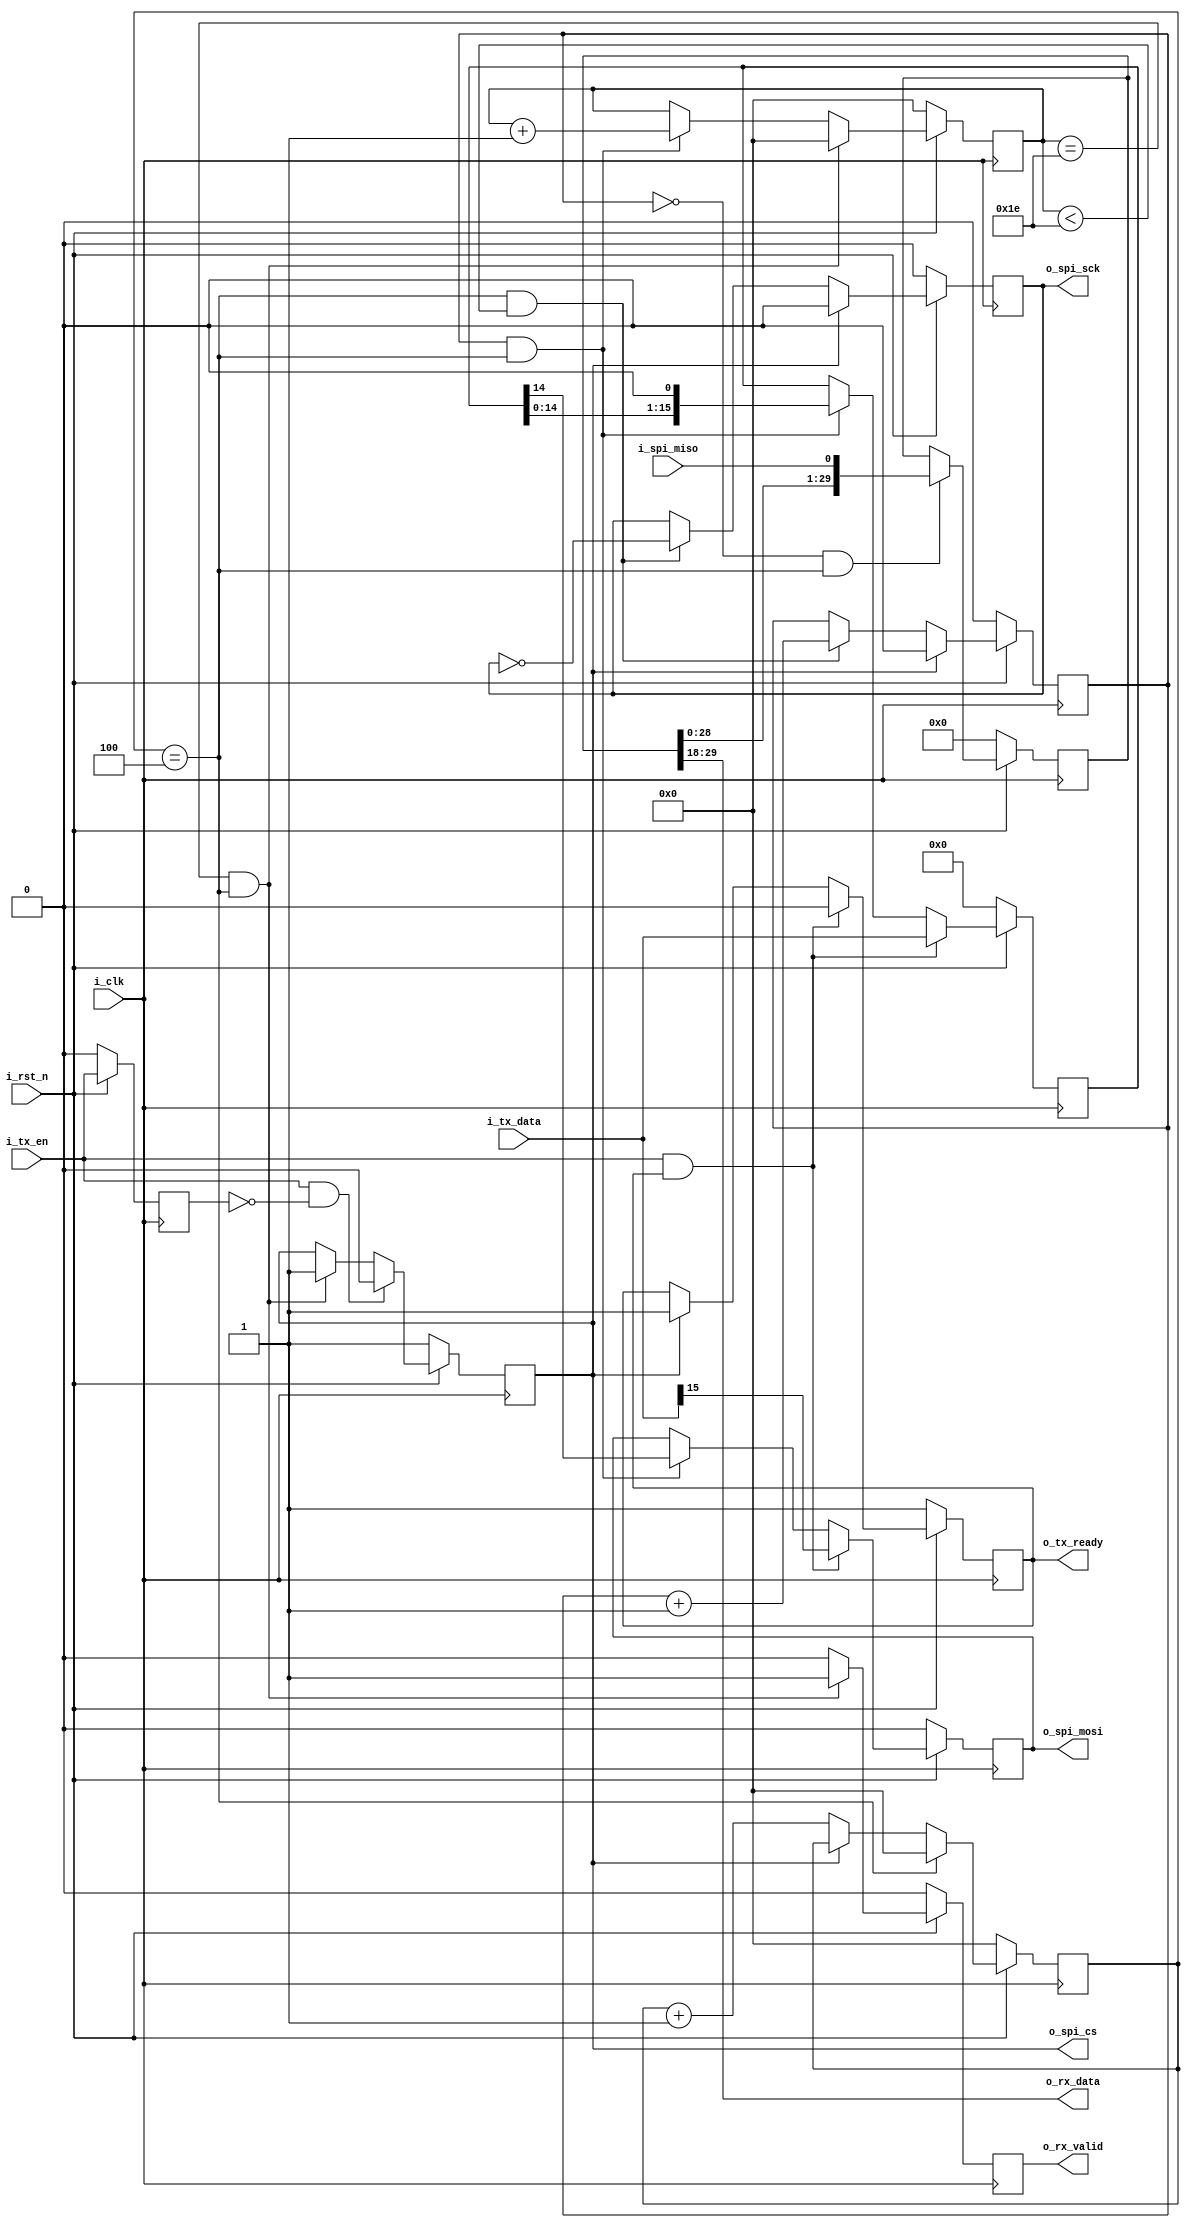
`timescale 1ns / 1ps
//////////////////////////////////////////////////////////////////////////////////
// Company: 
// Engineer: 
// 
// Design Name: 
// Module Name:    SPI_Driver 
// Project Name: 
// Target Devices: 
// Tool versions: 
// Description: 
//
// Dependencies: 
//
// Revision: 
// Revision 0.01 - File Created
// Additional Comments: 
//
//////////////////////////////////////////////////////////////////////////////////

//             ___     ___     ___     ___     ___     ___     ___     ___     ___     ___
//       |____|   |___|   |___|   |___|   |___|   |___|   |___|   |___|   |___|   |___|   |___
//--      ____                                                                             _____
//-- CS       |___________________________________________________________________________|     
//--               ___     ___     ___     ___     ___     ___     ___     ___     ___         _
//-- SCLK ________|   |___|   |___|   |___|   |___|   |___|   |___|   |___|   |___|   |_______| 
//--      ____________ _______ _______ _______ _______ _______ _______ _______ _______ _________
//-- MOSI ____________X_______X_______X_______X_______X_______X_______X_______X_______X_________
//--      ____ _______ _______ _______ _______ _______ _______ _______ _______ _______ _________
//-- MISO ____X_______X_______X_______X_______X_______X_______X_______X_______X_______X_________

module SPI_Driver #(
    parameter						P_CLK_FREQ  = 100   ,       //MHZ
									P_SCK_FREQ  = 10            
)
(
    input                               i_clk               ,
    input                               i_rst_n             ,

    input   [15:0]                      i_tx_data           ,
    input                               i_tx_en             ,
    output                              o_tx_ready          ,

    output  [11:0]                      o_rx_data           ,
    output                              o_rx_valid          ,

    output                              o_spi_cs            ,
    output                              o_spi_sck           ,
    output                              o_spi_mosi          ,
    input                               i_spi_miso          
    );
//===========================================================
localparam              P_SCK_DIV = P_CLK_FREQ / P_SCK_FREQ ;

reg                                     ro_spi_cs           ;
reg                                     ro_spi_sck          ;
reg                                     ro_spi_mosi         ;
reg                                     ro_rx_valid         ;
reg                                     ro_tx_ready         ;
reg     [29:0]                          ro_rx_data          ;

reg                                     ri_tx_en            ;

reg     [7 :0]                          r_cnt               ;
reg                                     r_cnt_spi           ;
reg     [7 :0]                          r_cnt_bit           ;
reg     [15:0]                          r_send_data         ;

wire                                    w_active            ;
//===========================================================
assign  w_active = i_tx_en && o_tx_ready;
assign  o_spi_cs   = ro_spi_cs          ;
assign  o_spi_sck  = ro_spi_sck         ;
assign  o_spi_mosi = ro_spi_mosi        ;
assign  o_rx_valid = ro_rx_valid        ;
assign  o_tx_ready = ro_tx_ready        ;
assign  o_rx_data  = ro_rx_data[29:18]  ;

//===========================================================
always@(posedge i_clk)
begin
    if(!i_rst_n)
        ri_tx_en <= 'd0;
    else 
        ri_tx_en <= i_tx_en;
end

always@(posedge i_clk)
begin
    if(!i_rst_n)
        ro_spi_cs <= 'd1;
    else if(i_tx_en && !ri_tx_en)
        ro_spi_cs <= 'd0;
    else if(r_cnt_bit == 30 && r_cnt == P_SCK_DIV / 2 - 1)
        ro_spi_cs <= 'd1;
    else
        ro_spi_cs <= ro_spi_cs; 
end

always@(posedge i_clk)
begin
    if(!i_rst_n)
        ro_tx_ready <= 'd1;
    else if(w_active)
        ro_tx_ready <= 'd0;
    else if(ro_spi_cs)
        ro_tx_ready <= 'd1;
    else
        ro_tx_ready <= ro_tx_ready;
end

always@(posedge i_clk)
begin
    if(!i_rst_n)
        r_cnt <= 'd0;    
    else if(r_cnt == P_SCK_DIV / 2 - 1)
        r_cnt <= 'd0;
    else if(!ro_spi_cs)
        r_cnt <= r_cnt + 'd1;
    else
        r_cnt <= r_cnt;
end

always@(posedge i_clk)
begin
    if(!i_rst_n)
        ro_spi_sck <= 'd0;
    else if(ro_spi_cs)
        ro_spi_sck <= 'd0;
    else if(r_cnt == P_SCK_DIV / 2 - 1 && r_cnt_bit < 30)
        ro_spi_sck <= ~ro_spi_sck;
    else
        ro_spi_sck <= ro_spi_sck;
end

always@(posedge i_clk)
begin
    if(!i_rst_n)
        r_send_data <= 'd0;
    else if(w_active)
        r_send_data <= i_tx_data;
    else if(r_cnt_spi && r_cnt == P_SCK_DIV / 2 - 1)
        r_send_data <= r_send_data << 1;
    else
        r_send_data <= r_send_data;
end 

always@(posedge i_clk)
begin
    if(!i_rst_n)
        r_cnt_spi <= 'd0;
    else if(ro_spi_cs)
        r_cnt_spi <= 'd0;
    else if(r_cnt == P_SCK_DIV / 2 - 1 && r_cnt_bit < 30)
        r_cnt_spi <= r_cnt_spi + 'd1;
    else
        r_cnt_spi <= r_cnt_spi;
end

always@(posedge i_clk)
begin
    if(!i_rst_n)
        r_cnt_bit <= 'd0;
    else if(r_cnt_bit == 30 && r_cnt == P_SCK_DIV / 2 - 1)
        r_cnt_bit <= 'd0;
    else if(r_cnt_spi && r_cnt == P_SCK_DIV / 2 - 1)
        r_cnt_bit <= r_cnt_bit + 'd1;
    else
        r_cnt_bit <= r_cnt_bit;
end

always@(posedge i_clk)
begin
    if(!i_rst_n)
        ro_spi_mosi <= 'd0;
    else if(w_active)
        ro_spi_mosi <= i_tx_data[15];
    else if(r_cnt_spi && r_cnt == P_SCK_DIV / 2 - 1)
        ro_spi_mosi <= r_send_data[14];
    else
        ro_spi_mosi <= ro_spi_mosi;
end

always@(posedge i_clk)
begin
    if(!i_rst_n)
        ro_rx_data <= 'd0;
    else if(!r_cnt_spi && r_cnt == P_SCK_DIV / 2 - 1)
        ro_rx_data <= {ro_rx_data[28:0],i_spi_miso};
end

always@(posedge i_clk)
begin
    if(!i_rst_n)
        ro_rx_valid <= 'd0;
    else if(r_cnt_bit == 30 && r_cnt == P_SCK_DIV / 2 - 1)
        ro_rx_valid <= 'd1;
    else 
        ro_rx_valid <= 'd0;
end

endmodule